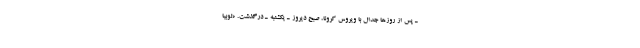
ـ پس از روزها جدال با ویروس کرونا، صبح دیروز ـ یکشنبه ـ درگذشت. «لوبیا